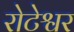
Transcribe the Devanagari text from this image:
रोटेश्वर